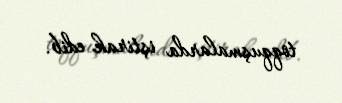
toqquşmalarda iştirak edib.